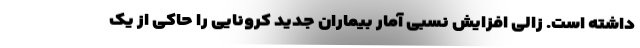
داشته است. زالی افزایش نسبی آمار بیماران جدید کرونایی را حاکی از یک